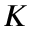
{ K }